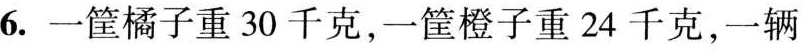
6.一筐橘子重30千克，一筐橙子重24千克，一辆